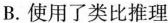
B.使用了类比推理